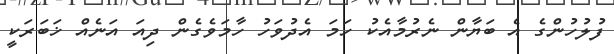
ފުލުހުންގެ އެ ބަޔާން ނެރުމާއެކު ހަމަ އެދުވަހު ހާމަވެގެން ދިއަ އަނެއް ޚަބަރަކީ